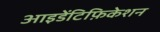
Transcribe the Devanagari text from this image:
आइडेंटिफ़िकेशन